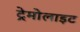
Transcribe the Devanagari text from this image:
ट्रेमोलाइट